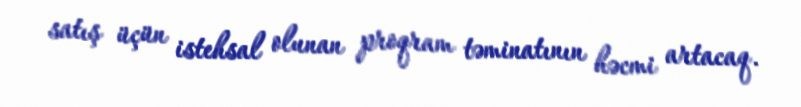
satış üçün istehsal olunan proqram təminatının həcmi artacaq.